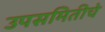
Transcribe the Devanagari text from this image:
उपसमितीचे